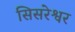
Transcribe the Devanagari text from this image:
सिसरेश्वर